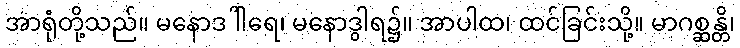
အာရုံတို့သည်။ မနောဒါါရေ၊ မနောဒွါရ၌။ အာပါထ၊ ထင်ခြင်းသို့။ မာဂစ္ဆန္တိ၊